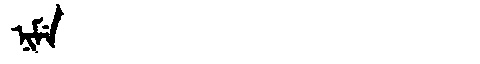
Manchu: ᠨᡳᠮᡝ
Romanization: NIME